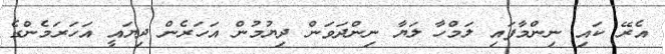
އެރޭ ކައި ނިންމާފައި ލަމްހާ ލަޔާ ނިންދަވަން ދިޔުމުން އަހަރެން ދިޔައީ އަހަރަމެންގެ